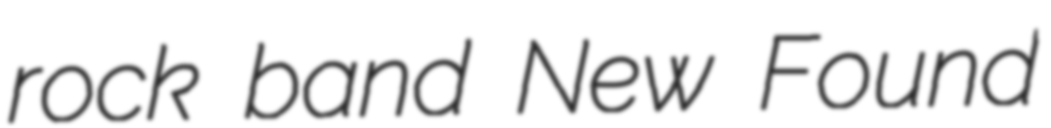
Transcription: rock band New Found